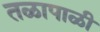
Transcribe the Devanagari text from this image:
तळापाळी